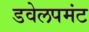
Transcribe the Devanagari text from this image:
डवेलपमंट